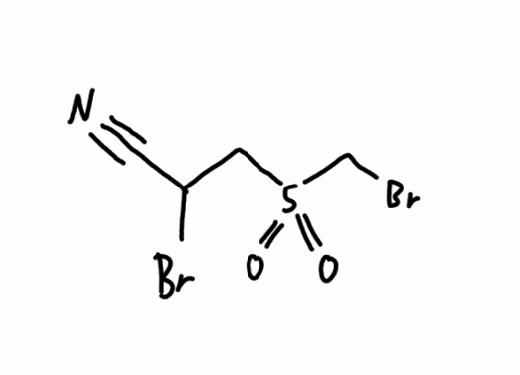
Simplified molecular-input line-entry system (SMILES) notation of the given molecule:
C(C(C#N)Br)S(=O)(=O)CBr